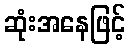
ဆုံးအနေဖြင့်